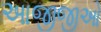
આજીજીઓ